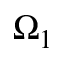
\Omega _ { 1 }